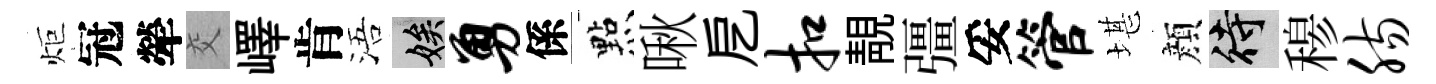
炬冠犖交嶧肯浯娭勇係㸃啾戹扣靚彊妥管堪顔待𥠇肠